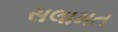
સલામત